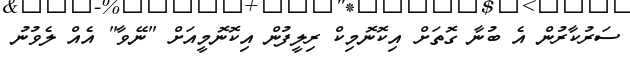
ސަރުކާރުން އެ ބުނާ ގޮތަށް އިކޮނޮމިކް ރިލީފުން އިކޮނޮމީއަށް "ނޭވާ" އެއް ލެވުނު